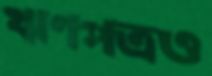
ঋণপত্রও